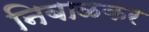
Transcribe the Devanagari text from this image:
निबाळकर